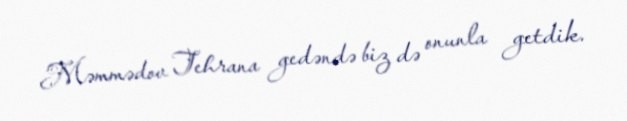
Məmmədov Tehrana gedəndə biz də onunla getdik.